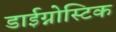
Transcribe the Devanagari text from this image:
डाईग्नोस्टिक